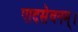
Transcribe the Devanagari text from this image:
पादसेवनम्।